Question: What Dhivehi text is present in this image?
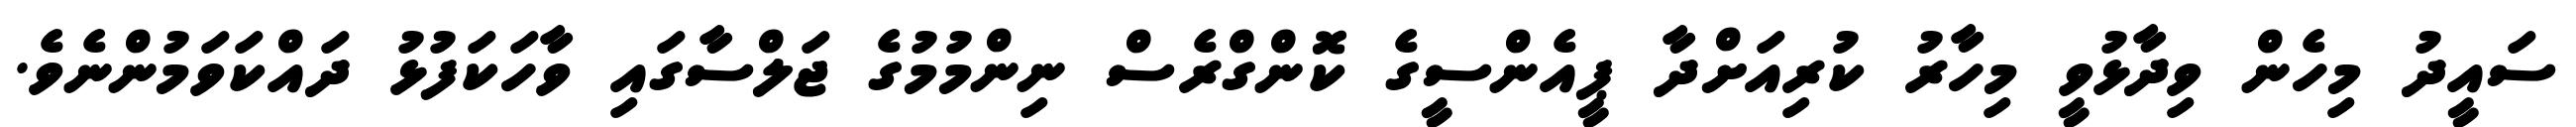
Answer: ސައީދު މިހެން ވިދާޅުވީ މިހާރު ކުރިއަށްދާ ޕީއެންސީގެ ކޮންގްރެސް ނިންމުމުގެ ޖަލްސާގައި ވާހަކަފުޅު ދައްކަވަމުންނެވެ.